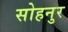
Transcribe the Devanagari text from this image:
सोहनुर